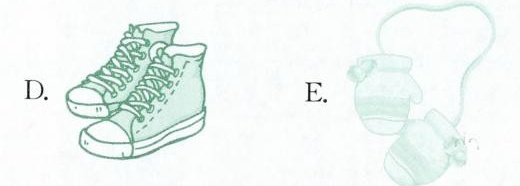
D. E.